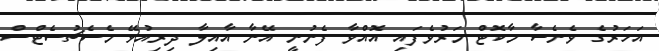
އަހަރުގެ ވެނެސާ މާކޮޓް މަރުވެފައި އޮއްވާ ފެނުނީ އޭނާ އާއިލާ ދިރިއުޅޭ މެސެޗުސެޓްސް